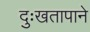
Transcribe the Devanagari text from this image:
दुःखतापाने